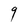
Character: 9